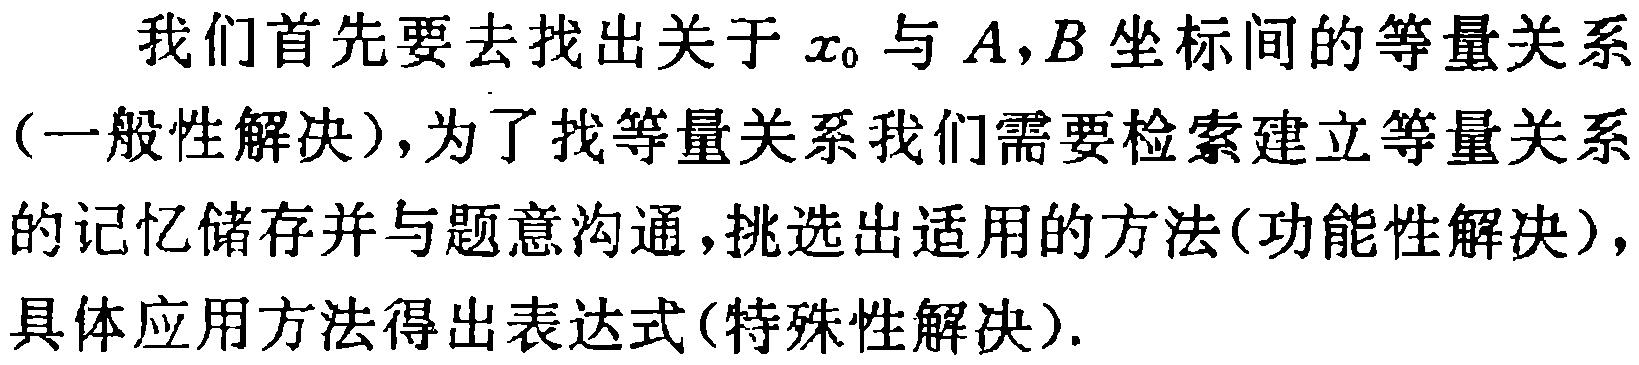
我们首先要去找出关于 \(x_{0}\) 与 \(A,B\) 坐标间的等量关系（一般性解决），为了找等量关系我们需要检索建立等量关系的记忆储存并与题意沟通，挑选出适用的方法（功能性解决），具体应用方法得出表达式（特殊性解决）.